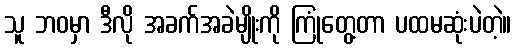
သူ ဘဝမှာ ဒီလို အခက်အခဲမျိုးကို ကြုံတွေ့တာ ပထမဆုံးပဲတဲ့။